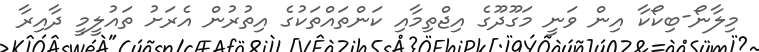
މިލާނޯ-ބިކޯކާ އިން ވަނީ މަގޫދޫގެ އިޖްތިމާއި ކަންތައްތަކުގެ އިތުރުން އެރަށު ތައުލީމީ ދާއިރާ